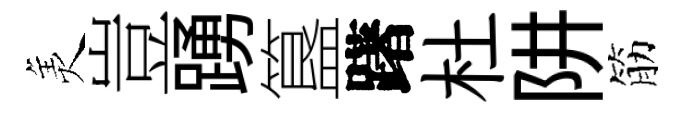
羙豈踴簋躇杜阱筋